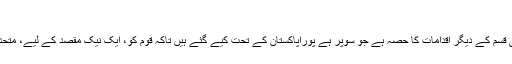
“
یہ کیمپین اسی قسم کے دیگر اقدامات کا حصہ ہے جو سوپر ہے پوراپاکستان کے تحت کیے گئے ہیں تاکہ قوم کو، ایک نیک مقصد کے لیے، متحدکیا جا سکے۔